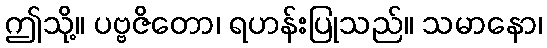
ဤသို့။ ပဗ္ဗဇိတော၊ ရဟန်းပြုသည်။ သမာနော၊